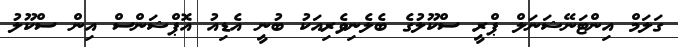
ގަލަމް އިންޓަނޭޝަނަލް ޕްރީ ސްކޫލުގެ ބެލެނިވެރިއަކު ބުނީ އެޑިއު އޮޕްޝަންސް އިން ސްކޫލު